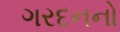
ગરદનનો